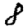
Digit: 8